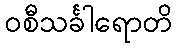
ဝစီသင်္ခါရောတိ